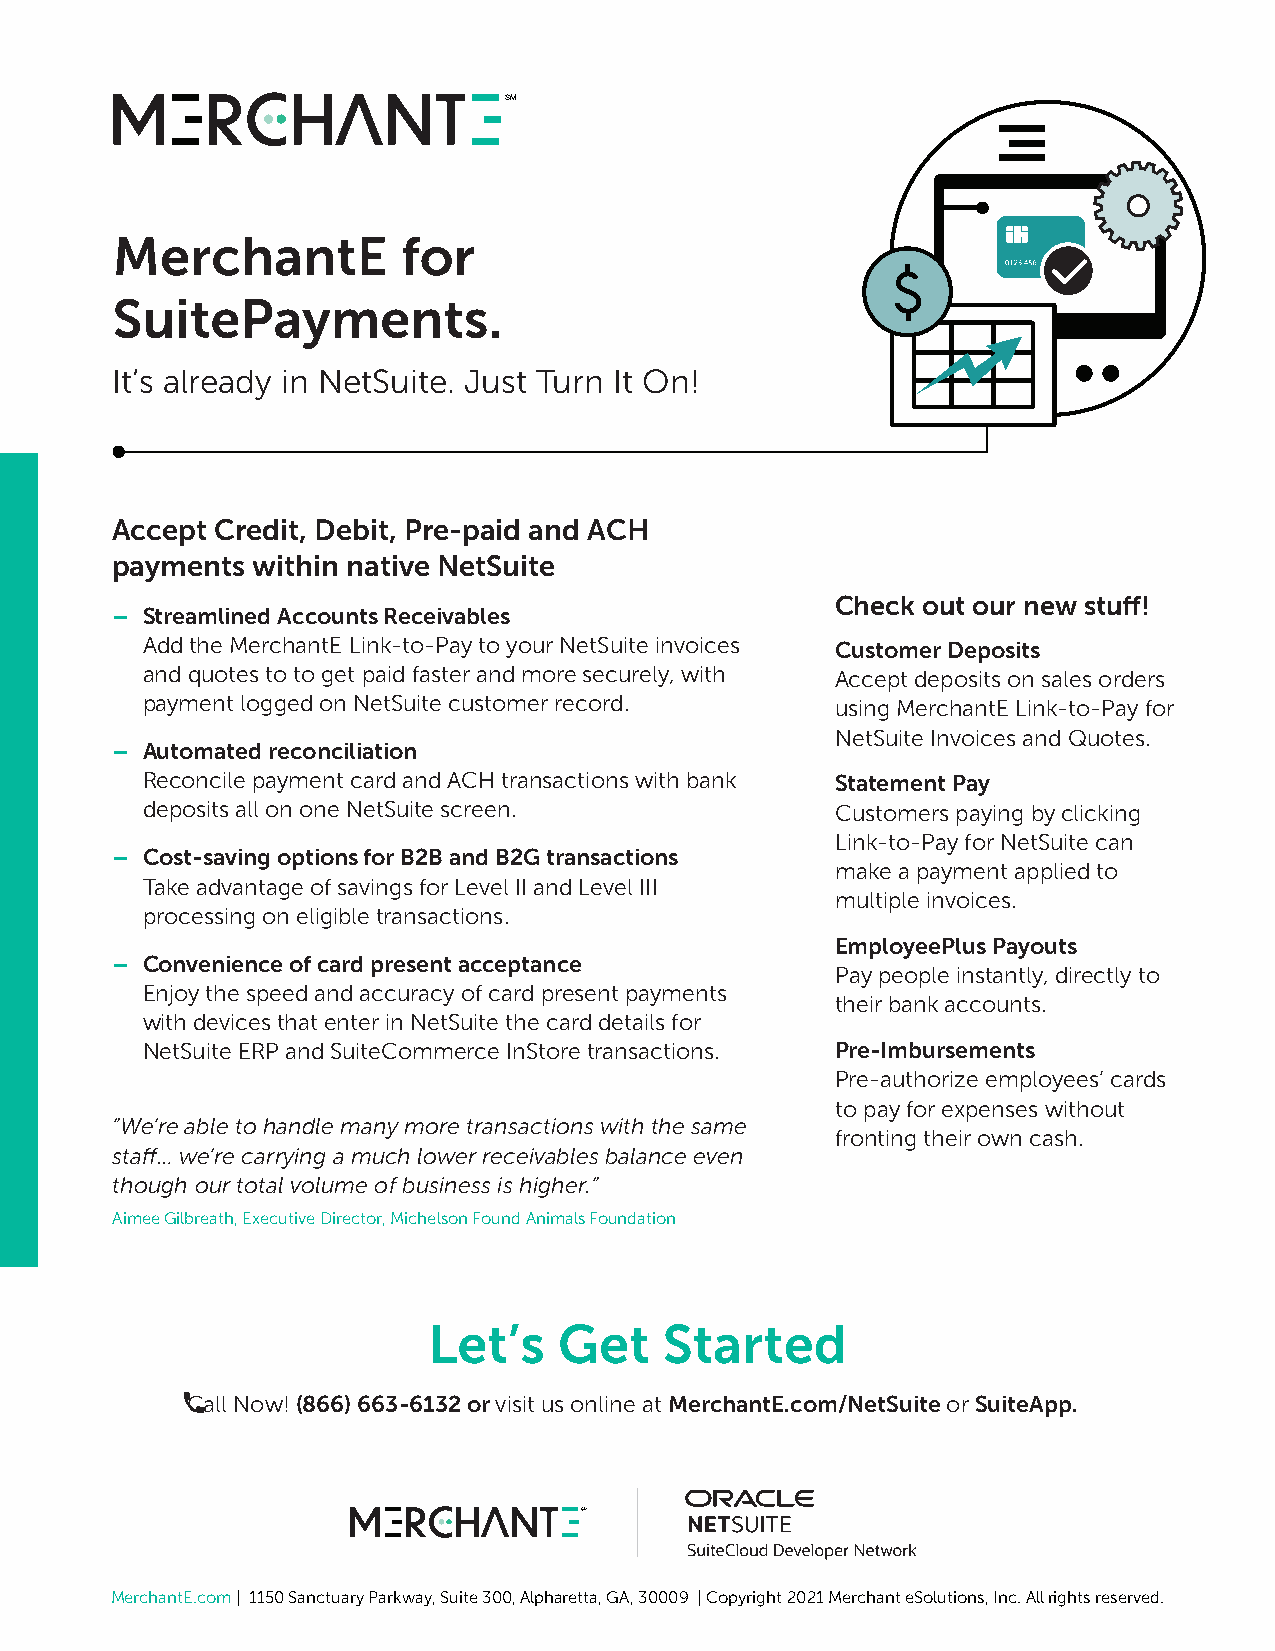
℠
 MerchantE           for
 SuitePayments.
 It’s already in NetSuite. Just Turn It On!
 Accept Credit, Debit, Pre-paid and ACH
 payments  within native NetSuite
 Check out our new stuff!
 – Streamlined Accounts Receivables
 Add the MerchantE Link-to-Pay to your NetSuite invoices Customer Deposits
 and quotes to to get paid faster and more securely, with Accept deposits on sales orders
 payment logged on NetSuite customer record.   using MerchantE Link-to-Pay for
 NetSuite Invoices and Quotes.
 – Automated reconciliation
 Reconcile payment card and ACH transactions with bank Statement Pay
 deposits all on one NetSuite screen.          Customers paying by clicking
 Link-to-Pay for NetSuite can
 – Cost-saving options for B2B and B2G transactions
 make a payment applied to
 Take advantage of savings for Level II and Level III
 multiple invoices.
 processing on eligible transactions.
 EmployeePlus Payouts
 – Convenience of card present acceptance
 Pay people instantly, directly to
 Enjoy the speed and accuracy of card present payments
 their bank accounts.
 with devices that enter in NetSuite the card details for
 NetSuite ERP and SuiteCommerce InStore transactions. Pre-Imbursements
 Pre-authorize employees’ cards
 to pay for expenses without
 ”We’re able to handle many more transactions with the same
 fronting their own cash.
 staff… we’re carrying a much lower receivables balance even
 though our total volume of business is higher.”
 Aimee Gilbreath, Executive Director, Michelson Found Animals Foundation
 Let’s    Get    Started
 Call Now! (866) 663-6132 or visit us online at MerchantE.com/NetSuite or SuiteApp.
 ℠
 MerchantE.com | 1150 Sanctuary Parkway, Suite 300, Alpharetta, GA, 30009 | Copyright 2021 Merchant eSolutions, Inc. All rights reserved.